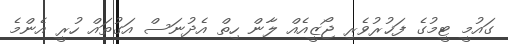
ގައުމީ ޓީމުގެ ފަޚުރުވެރި ޖޯޒީއެއް ލާން ހިތް އެދުނަސް އަގުތައް ހުރީ އެންމެ